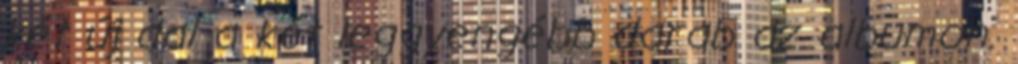
két új dal a két leggyengébb darab az albumon.